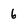
Character: 6